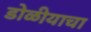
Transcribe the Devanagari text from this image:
डोळीयाचा